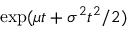
\exp ( \mu t + \sigma ^ { 2 } t ^ { 2 } / 2 )